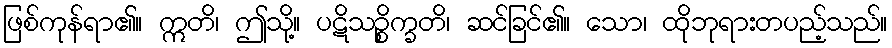
ဖြစ်ကုန်ရာ၏။ ဣတိ၊ ဤသို့။ ပဋိသဉ္စိက္ခတိ၊ ဆင်ခြင်၏။ သော၊ ထိုဘုရားတပည့်သည်။